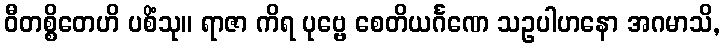
ဝီတစ္စိတေဟိ ပစိံသု။ ရာဇာ ကိရ ပုဗ္ဗေ စေတိယင်္ဂဏေ သဥပါဟနော အဂမာသိ,